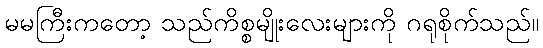
မမကြီးကတော့ သည်ကိစ္စမျိုးလေးများကို ဂရုစိုက်သည်။